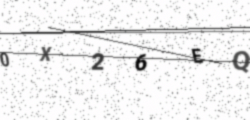
Text: 0X26EQ